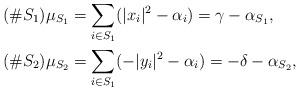
LaTeX: \begin{align*} (\#S_1) \mu_{S_1} &= \sum_{i \in S_1} (|x_i|^2 - \alpha_i) = \gamma - \alpha_{S_1}, \\ (\#S_2) \mu_{S_2} &= \sum_{i \in S_1} (-|y_i|^2 - \alpha_i) = -\delta - \alpha_{S_2},\end{align*}